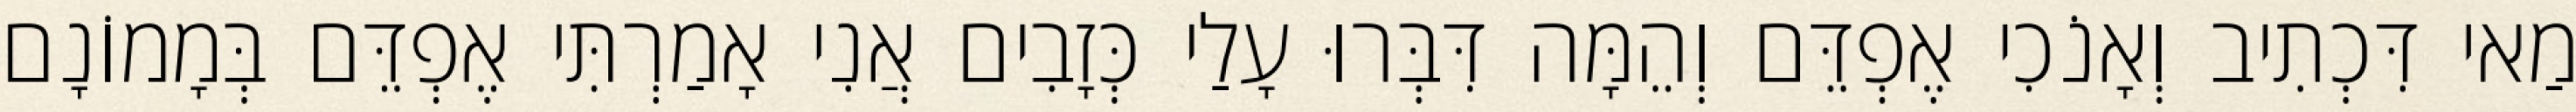
מַאי דִּכְתִיב וְאָנֹכִי אֶפְדֵּם וְהֵמָּה דִּבְּרוּ עָלַי כְּזָבִים אֲנִי אָמַרְתִּי אֶפְדֵּם בְּמָמוֹנָם